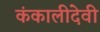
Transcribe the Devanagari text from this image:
कंकालीदेवी